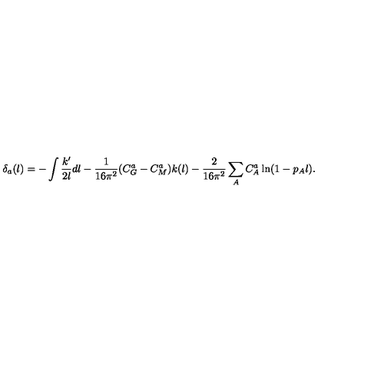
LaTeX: \delta _ { a } ( l ) = - \int \frac { k ^ { \prime } } { 2 l } d l - \frac { 1 } { 1 6 \pi ^ { 2 } } ( C _ { G } ^ { a } - C _ { M } ^ { a } ) k ( l ) - \frac { 2 } { 1 6 \pi ^ { 2 } } \sum _ { A } C _ { A } ^ { a } \ln ( 1 - p _ { A } l ) .